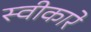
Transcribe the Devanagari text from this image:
स्‍वीकारे